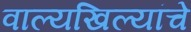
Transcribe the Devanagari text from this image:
वाल्यखिल्यांचे